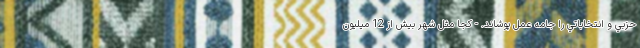
حزبي و انتخاباتي را جامه عمل پوشاند. - كجا مثل شهر بيش از 12 ميليون